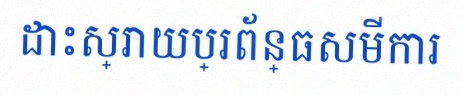
ដោះស្រាយប្រព័ន្ធសមីការ